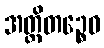
အတ္ထိတဉ္စေဝ